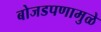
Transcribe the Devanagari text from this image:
बोजडपणामुळे